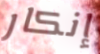
إنكار